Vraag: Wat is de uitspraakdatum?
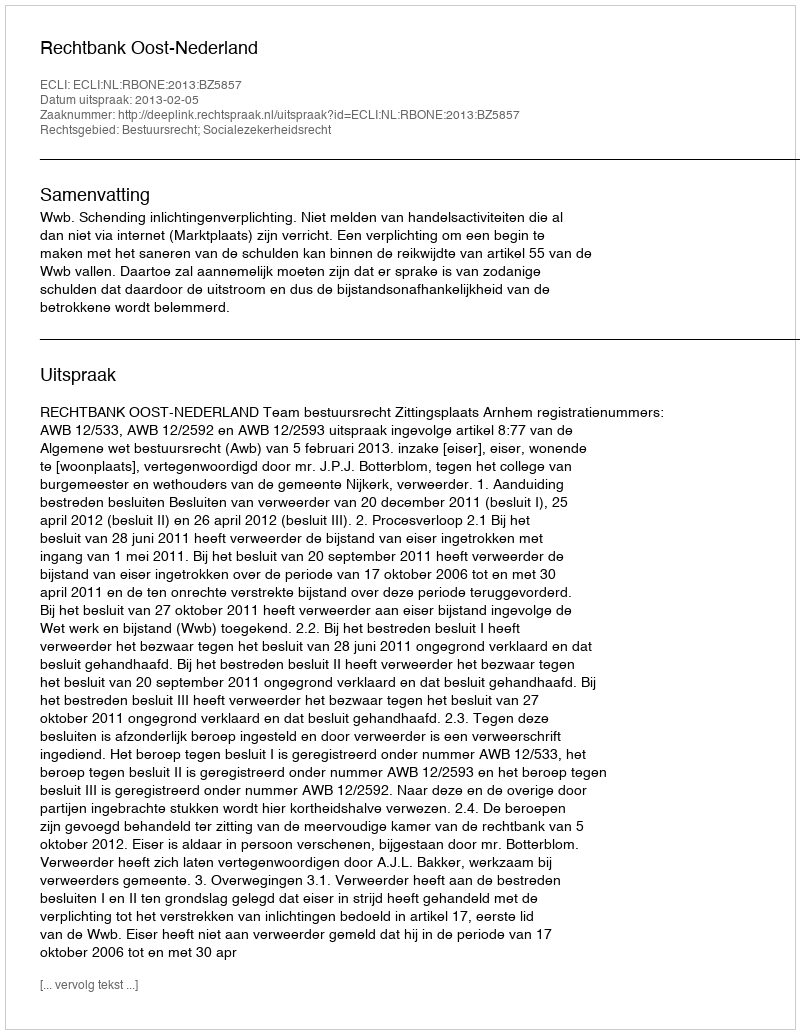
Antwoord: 2013-02-05